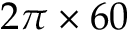
2 \pi \times 6 0